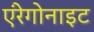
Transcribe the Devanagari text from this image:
एंरेगोनाइट